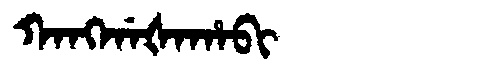
Manchu: ᡴᠠᠩᡤᠠᡧᠠᡥᠠᠪᡳ
Romanization: KANGGAŠAHABI